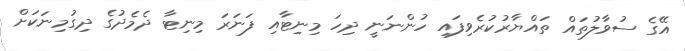
އޭގެ ސުވާލުތައް ތައްޔާރުކުރެވިފައި ހުންނަނީ ދިހަ މިނިޓާއި ފަނަރަ މިނިޓާ ދެމެދުގެ ދިގުމިނަކަށް